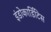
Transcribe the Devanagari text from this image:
इंडोकार्डिटिस